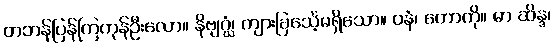
တဘန်ပြန်ကြကုန်ဦးလော။ နိဗျဂ္ဃံ၊ ကျားခြင်္သေ့မရှိသော။ ဝနံ၊ တောကို။ မာ ဆိန္ဒ၊